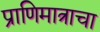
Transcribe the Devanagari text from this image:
प्राणिमात्राचा